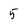
Character: 5